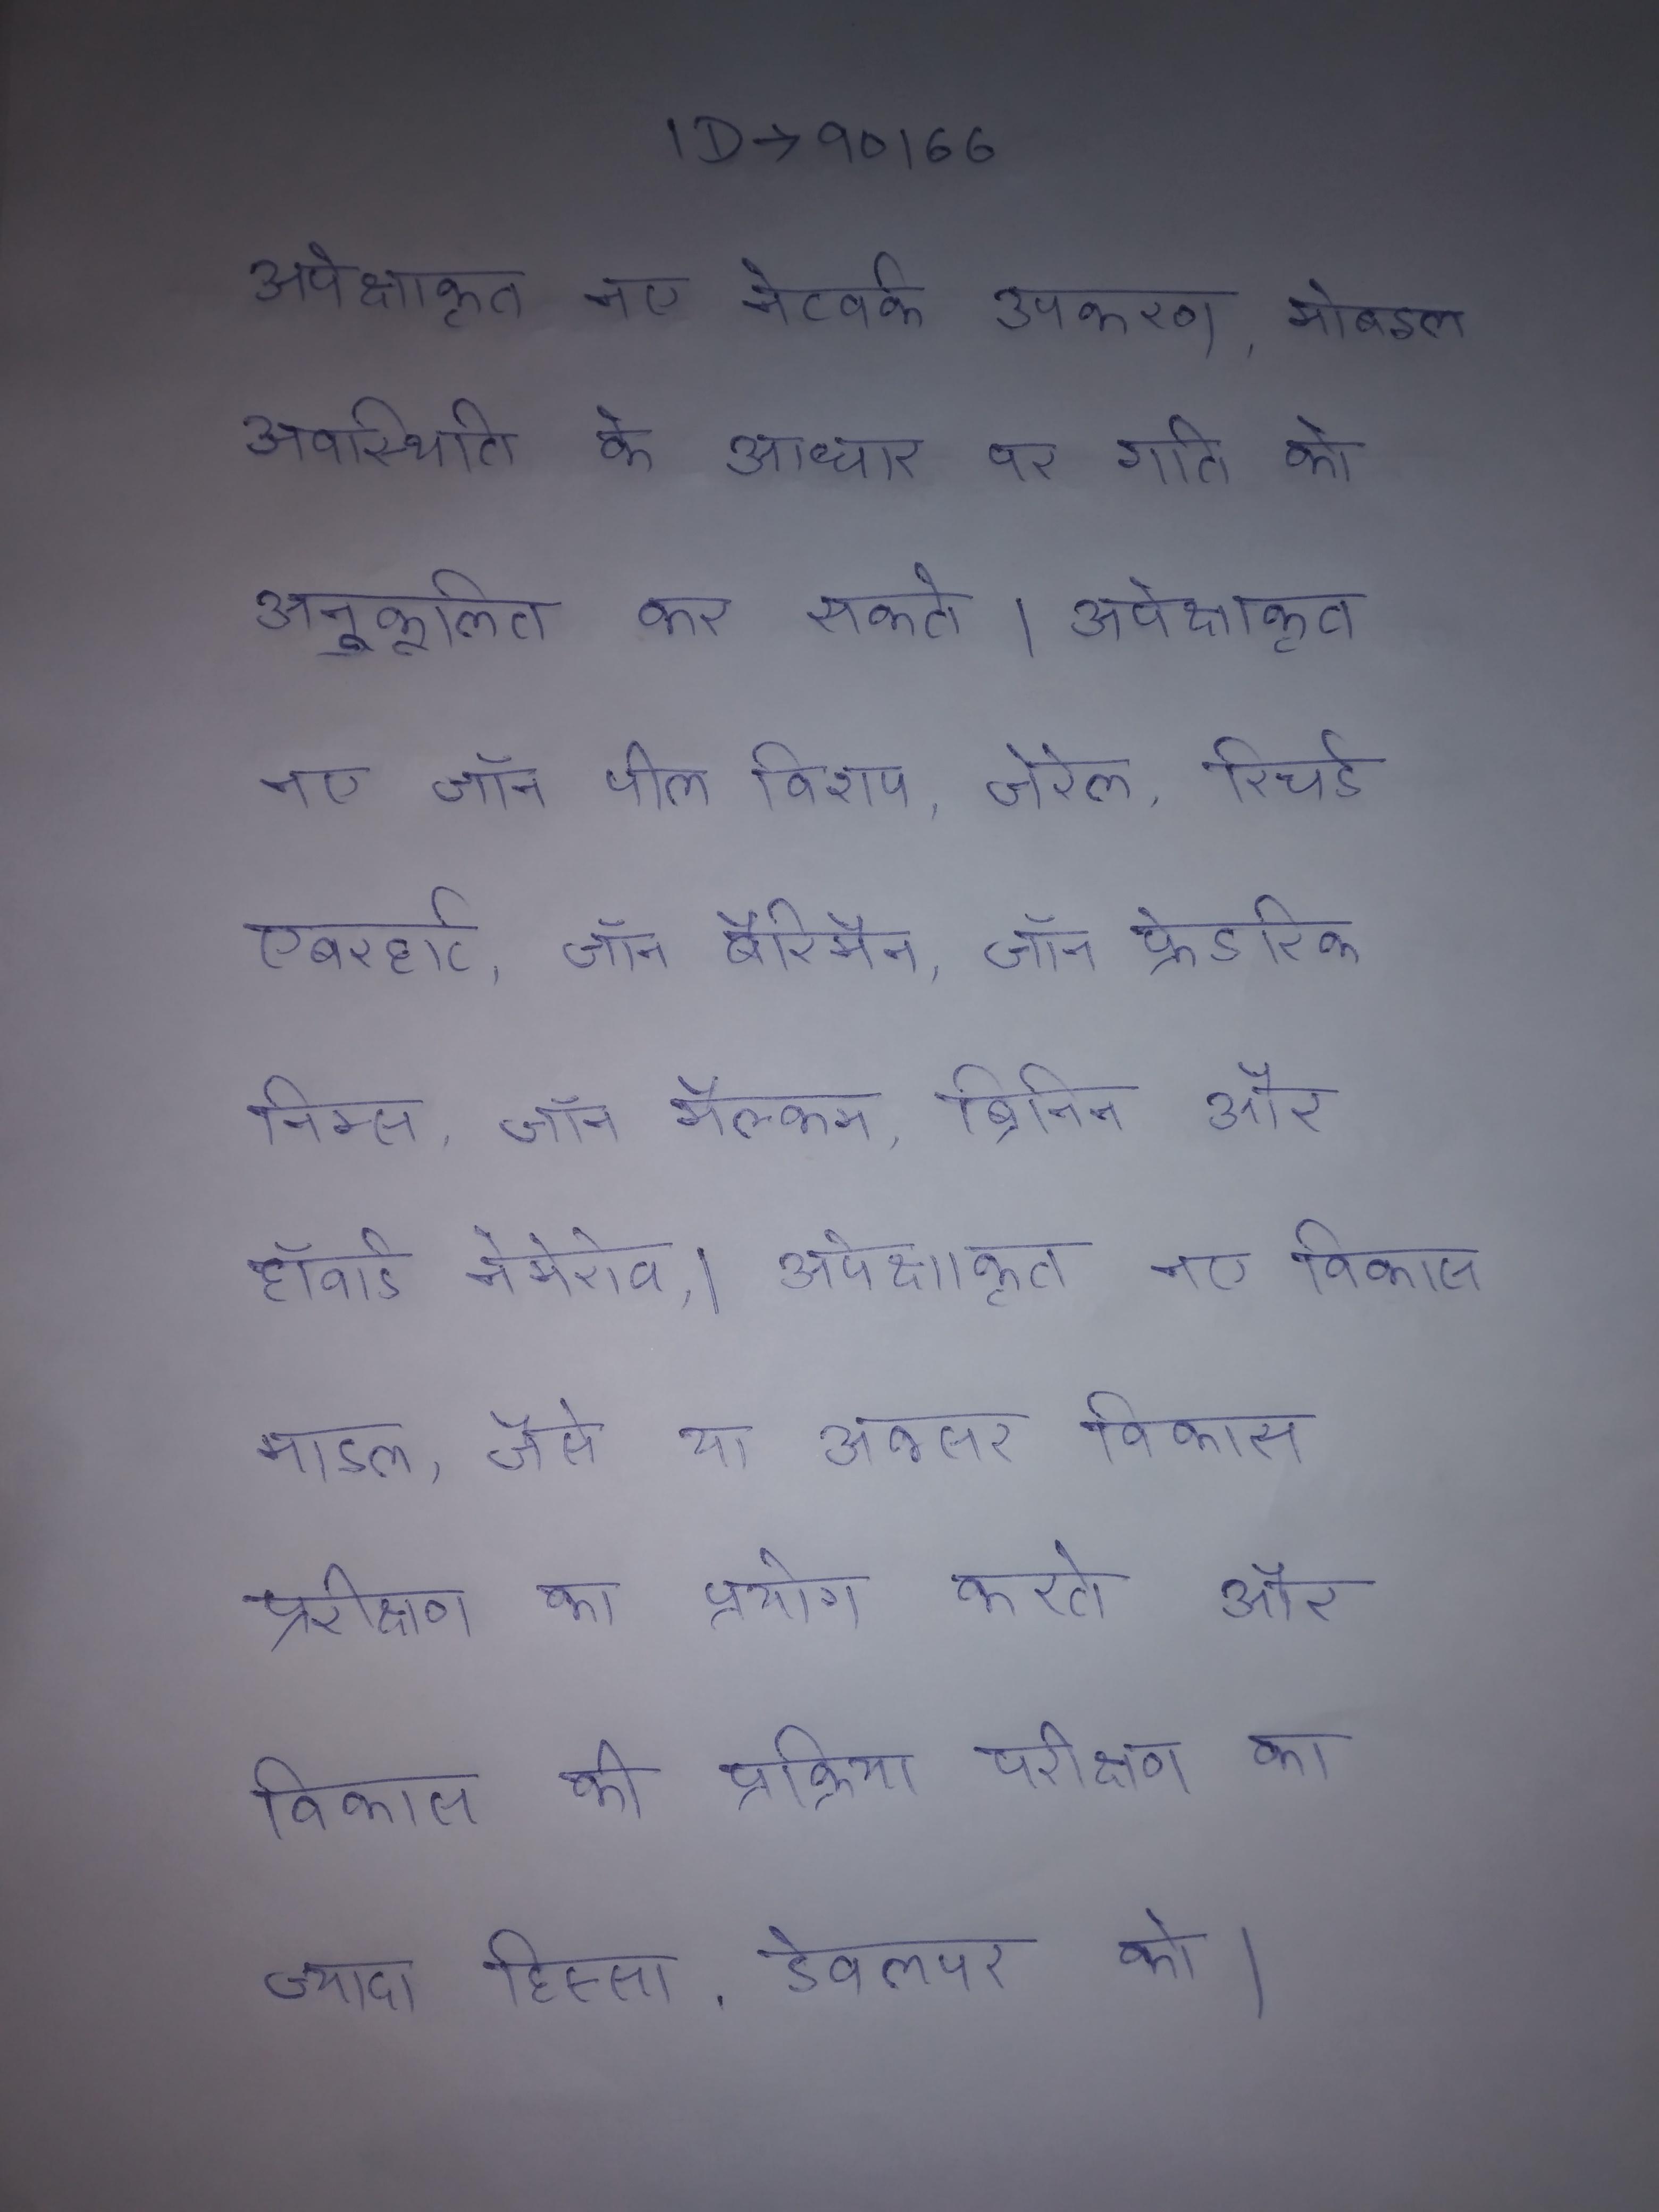
अपेक्षाकृत नए नेटवर्क उपकरण, मोबाइल अवस्थिति के आधार पर गति को अनुकूलित कर सकते । अपेक्षाकृत नए जॉन पील विशप, जेरेल, रिचर्ड एबरहार्ट, जॉन बैरिमैन, जॉन फ्रेडरिक निम्स, जॉन मैल्कम ब्रिनिन और हॉवार्ड नेमेरोव । अपेक्षाकृत नए विकास मॉडल, जैसे या अक्सर विकास परीक्षण का प्रयोग करते और विकास की प्रक्रिया परीक्षण का ज्यादा हिस्सा, डेवलपर को ।